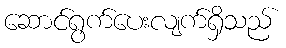
ဆောင်ရွက်ပေးလျက်ရှိသည်